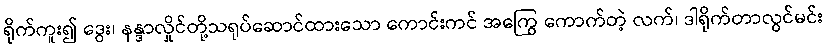
ရိုက်ကူး၍ ဒွေး၊ နန္ဒာလှိုင်တို့သရုပ်ဆောင်ထားသော ကောင်းကင် အကြွေ ကောက်တဲ့ လက်၊ ဒါရိုက်တာလွင်မင်း